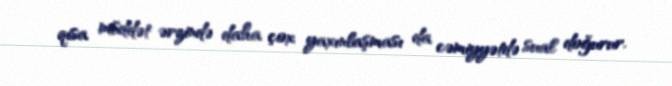
qısa müddət ərzində daha çox yaxınlaşması da cəmiyyətdə sual doğurur.